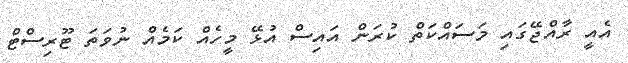
އެއީ ރާއްޖޭގައި މަސައްކަތް ކުރަން އައިސް އުޅޭ މީހެއް ކަމެއް ނުވަތަ ޓޫރިސްޓް